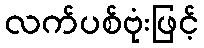
လက်ပစ်ဗုံးဖြင့်